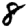
Digit: 8